Leaving Certificate Examination, 1924
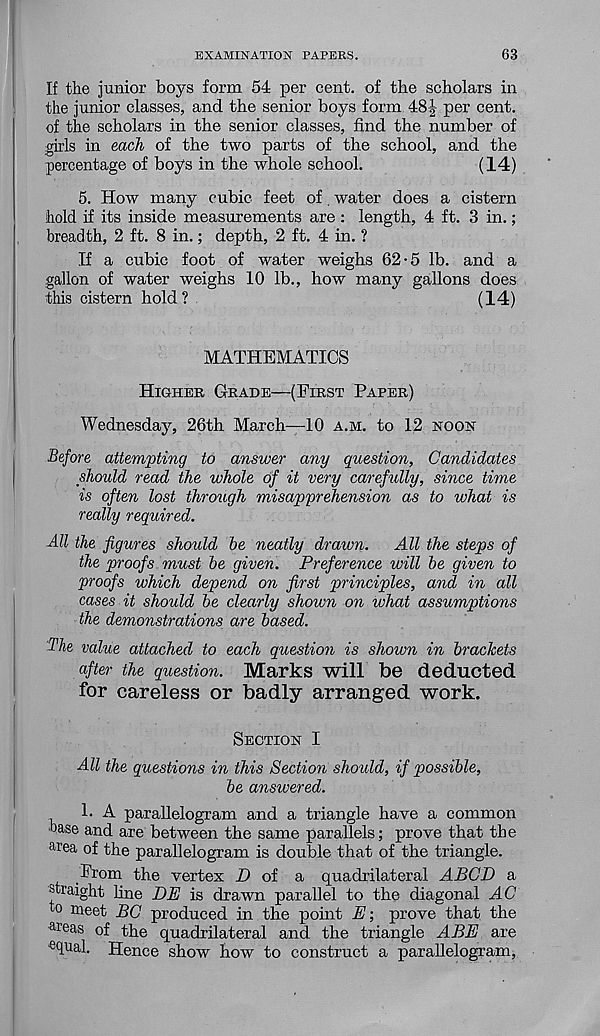
EXAMINATION PAPERS.
63
If the junior boys form 54 per cent, of the scholars in
the junior classes, and the senior boys form 48J per cent,
of the scholars in the senior classes, find the number of
girls in each of the two parts of the school, and the
percentage of boys in the whole school.
(14)
5. How many cubic feet of. water does a cistern
hold if its inside measurements are: length, 4 ft. 3 in.;
breadth, 2 ft. 8 in.; depth, 2 ft. 4 in. ?
If a cubic foot of water weighs 62-5 lb. and a
gallon of water weighs 10 lb., how many gallons does
this cistern hold ?
(14)
MATHEMATICS
Higher Grade—(First Paper)
Wednesday, 26th March—10 a.m. to 12 noon
Before attempting to answer any question. Candidates
should read the whole of it very carefully, since time
is often lost through misapprehension as to what is
really required.
All the figures should he neatly drawn.
All the steps of
the proofs must he given. Preference will he given to
proofs which depend on first principles, and in all
cases it should he clearly shown on what assumptions
the demonstrations are based.
The value attached to each questio?i is shown in brackets
after the question. Marks will be deducted
for careless or badly arranged work.
Section I
All the questions in this Section should, if possible,
he answered.
1. A parallelogram and a triangle have a common
J ase and are between the same parallels; prove that the
area °f the parallelogram is double that of the triangle.
.From the vertex D of a quadrilateral ABCD a
straight line DE is drawn parallel to the diagonal AC
to meet BC produced in the point A; prove that the
areas of the quadrilateral and the triangle ABE are
e( l l| al. Hence show how to construct a parallelogram,